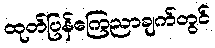
ထုတ်ပြန်ကြေညာချက်တွင်